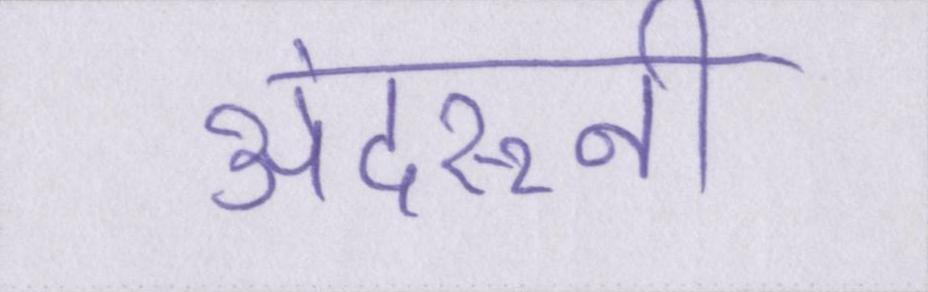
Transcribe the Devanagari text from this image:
अंदरूनी